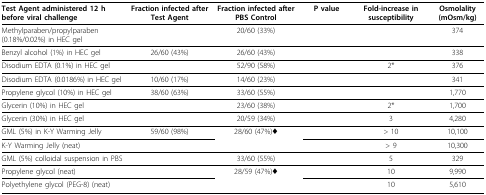
<table><thead><tr><td><b>Test Agent administered 12 h before viral challenge</b></td><td><b>Fraction infected after Test Agent</b></td><td><b>Fraction infected after PBS Control</b></td><td><b>P value</b></td><td><b>Fold-increase in susceptibility</b></td><td><b>Osmolality (mOsm/kg)</b></td></tr></thead><tbody><tr><td>Methylparaben/propylparaben (0.18%/0.02%) in HEC gel</td><td>[EMPTY_CELL]</td><td>20/60 (33%)</td><td>[EMPTY_CELL]</td><td>[EMPTY_CELL]</td><td>374</td></tr><tr><td>Benzyl alcohol (1%) in HEC gel</td><td>26/60 (43%)</td><td>26/60 (43%)</td><td>[EMPTY_CELL]</td><td>[EMPTY_CELL]</td><td>338</td></tr><tr><td>Disodium EDTA (0.1%) in HEC gel</td><td>[EMPTY_CELL]</td><td>52/90 (58%)</td><td>[EMPTY_CELL]</td><td>2*</td><td>376</td></tr><tr><td>Disodium EDTA (0.0186%) in HEC gel</td><td>10/60 (17%)</td><td>14/60 (23%)</td><td>[EMPTY_CELL]</td><td>[EMPTY_CELL]</td><td>341</td></tr><tr><td>Propylene glycol (10%) in HEC gel</td><td>38/60 (63%)</td><td>33/60 (55%)</td><td>[EMPTY_CELL]</td><td>[EMPTY_CELL]</td><td>1,770</td></tr><tr><td>Glycerin (10%) in HEC gel</td><td>[EMPTY_CELL]</td><td>23/60 (38%)</td><td>[EMPTY_CELL]</td><td>2*</td><td>1,700</td></tr><tr><td>Glycerin (30%) in HEC gel</td><td>[EMPTY_CELL]</td><td>20/59 (34%)</td><td>[EMPTY_CELL]</td><td>3</td><td>4,280</td></tr><tr><td>GML (5%) in K-Y Warming Jelly</td><td>59/60 (98%)</td><td>28/60 (47%)♦</td><td>[EMPTY_CELL]</td><td>&gt; 10</td><td>10,100</td></tr><tr><td>K-Y Warming Jelly (neat)</td><td>[EMPTY_CELL]</td><td>[EMPTY_CELL]</td><td>[EMPTY_CELL]</td><td>&gt; 9</td><td>10,300</td></tr><tr><td>GML (5%) colloidal suspension in PBS</td><td>[EMPTY_CELL]</td><td>33/60 (55%)</td><td>[EMPTY_CELL]</td><td>5</td><td>329</td></tr><tr><td>Propylene glycol (neat)</td><td>[EMPTY_CELL]</td><td>28/59 (47%)♦</td><td>[EMPTY_CELL]</td><td>10</td><td>9,990</td></tr><tr><td>Polyethylene glycol (PEG-8) (neat)</td><td>[EMPTY_CELL]</td><td>[EMPTY_CELL]</td><td>[EMPTY_CELL]</td><td>10</td><td>5,610</td></tr></tbody></table>